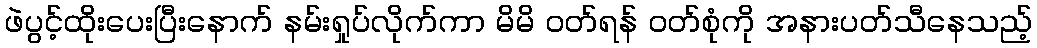
ဖဲပွင့်ထိုးပေးပြီးနောက် နမ်းရှုပ်လိုက်ကာ မိမိ ဝတ်ရန် ဝတ်စုံကို အနားပတ်သီနေသည့်